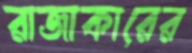
রাজাকারের